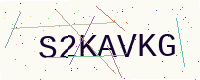
Text: S2KAVKG